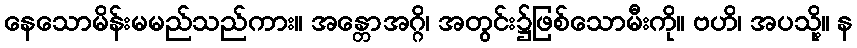
နေသောမိန်းမမည်သည်ကား။ အန္တောအဂ္ဂိ၊ အတွင်း၌ဖြစ်သောမီးကို။ ဗဟိ၊ အပသို့။ န